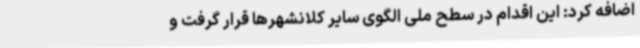
اضافه کرد: این اقدام در سطح ملی الگوی سایر کلانشهرها قرار گرفت و